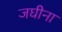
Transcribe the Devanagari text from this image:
जघीना